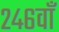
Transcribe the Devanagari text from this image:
२४६वाँ